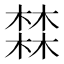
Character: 𱤏